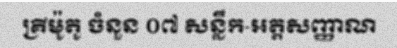
គ្រីម៉ូតូ ចំនួន ០៧ សន្លឹក-អត្តសញ្ញាណ